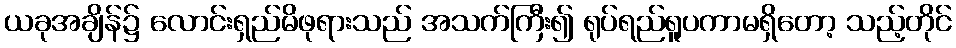
ယခုအချိန်၌ လောင်းရှည်မိဖုရားသည် အသက်ကြီး၍ ရုပ်ရည်ရူပကာမရှိတော့ သည့်တိုင်